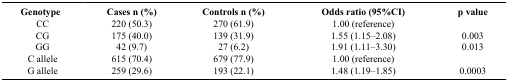
<table><thead><tr><td><b>Genotype</b></td><td><b>Cases n (%)</b></td><td><b>Controls n (%)</b></td><td><b>Odds ratio (95%CI)</b></td><td><b>p value</b></td></tr></thead><tbody><tr><td>CC</td><td>220 (50.3)</td><td>270 (61.9)</td><td>1.00 (reference)</td><td></td></tr><tr><td>CG</td><td>175 (40.0)</td><td>139 (31.9)</td><td>1.55 (1.15–2.08)</td><td>0.003</td></tr><tr><td>GG</td><td>42 (9.7)</td><td>27 (6.2)</td><td>1.91 (1.11–3.30)</td><td>0.013</td></tr><tr><td>C allele</td><td>615 (70.4)</td><td>679 (77.9)</td><td>1.00 (reference)</td><td></td></tr><tr><td>G allele</td><td>259 (29.6)</td><td>193 (22.1)</td><td>1.48 (1.19–1.85)</td><td>0.0003</td></tr></tbody></table>